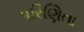
પરિણિતા